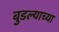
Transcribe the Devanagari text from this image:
बुडल्याच्या